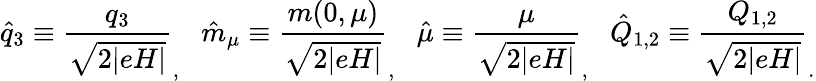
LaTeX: \hat{q}_{3}\equiv\frac{q_{3}}{\sqrt{2\vert eH\vert}}_{,}~~~\hat{m}_{\mu}\equiv\frac{m(0,\mu)}{\sqrt{2\vert eH\vert}}_{,}~~~\hat{\mu}\equiv\frac{\mu}{\sqrt{2\vert eH\vert}}_{,}~~~\hat{Q}_{1,2}\equiv\frac{Q_{1,2}}{\sqrt{2\vert eH\vert}}_{.}